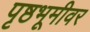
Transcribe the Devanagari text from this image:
पृष्ठभूमीवर